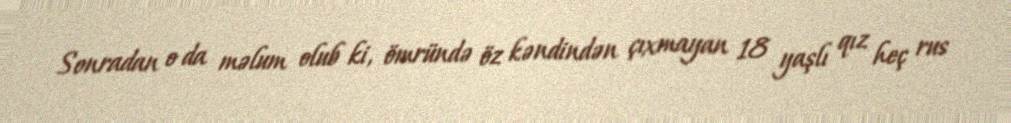
Sonradan o da məlum olub ki, ömründə öz kəndindən çıxmayan 18 yaşlı qız heç rus